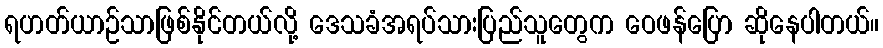
ရဟတ်ယာဉ်သာဖြစ်နိုင်တယ်လို့ ဒေသခံအရပ်သားပြည်သူတွေက ဝေဖန်ပြော ဆိုနေပါတယ်။